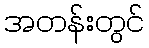
အတန်းတွင်